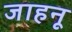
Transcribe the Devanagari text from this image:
जाहनू